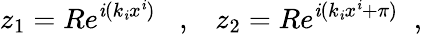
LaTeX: z_{1}=Re^{\mathit{i}(k_{\mathit{i}}x^{\mathit{i}})}\; \; \; ,\; \; \; z_{2}=Re^{\mathit{i}(k_{\mathit{i}}x^{\mathit{i}}+\pi)}\; \; ,